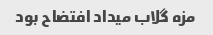
مزه گلاب میداد افتضاح بود